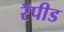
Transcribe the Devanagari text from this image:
रॅपीड